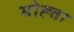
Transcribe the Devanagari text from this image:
मोह्त्ता